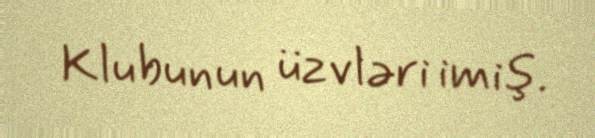
Klubunun üzvləri imiş.